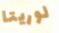
لوريتا